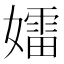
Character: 𡢽